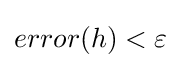
error(h)<\varepsilon